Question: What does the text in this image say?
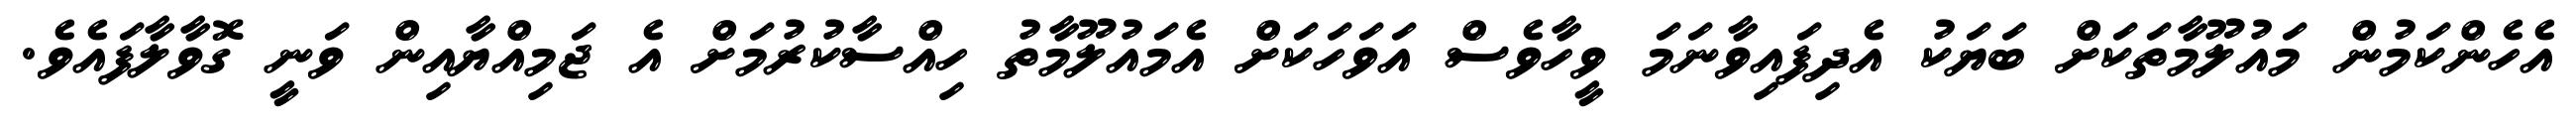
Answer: އެހެންކަމުން މައުލޫމާތަކަށް ބަޔަކު އެދިފައިވާނަމަ ވީހާވެސް އަވަހަކަށް އެމައުލޫމާތު ހިއްސާކުރުމަށް އެ ޖަމިއްޔާއިން ވަނީ ގޮވާލާފައެވެ.